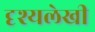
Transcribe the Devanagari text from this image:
दृश्यलेखी